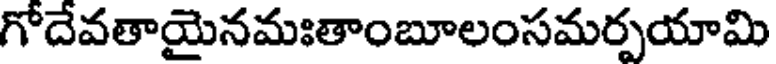
గోదేవతాయైనమఃతాంబూలంసమర్పయామి